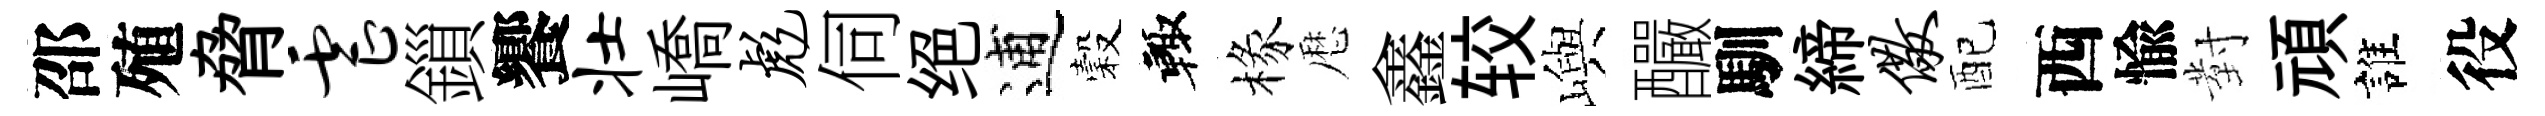
邵殖脅虐鎻饗壮嶠彪伺绝逋穀輙椽厯鑫较嶼釅馴締儆配西愉對頑誰役